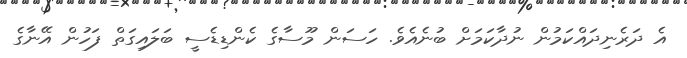
އެ ދަރެނިދައްކަމުން ނުދާކަމަށް ބުނެއެވެ. ހަސަން މޫސާގެ ކެންޑިޑެސީ ބަލައިގަތް ފަހުން އޭނާގެ